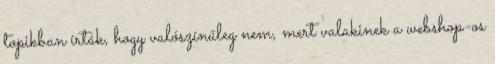
topikban írták, hogy valószínűleg nem, mert valakinek a webshop-os